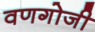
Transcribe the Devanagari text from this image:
वणगोजी